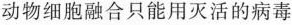
动物细胞融合只能用灭活的病毒